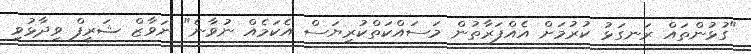
"ގުޅުންތައް ރަނގަޅު ކުރުމަށް އެއްފަރާތުން މަސައްކަތްކުރިޔަސް އެކަމެއް ނުވާނެ" ނަވާޒް ޝަރީފް ވިދާޅުވި